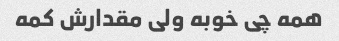
همه چی خوبه ولی مقدارش کمه